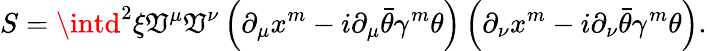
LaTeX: S=\intd^{2}\xi\mathfrak{V}^{\mu}\mathfrak{V}^{\nu}\left(\partial_{\mu}x^{m}-i\partial_{\mu}\bar{{\theta}}\gamma^{m}\theta\right)\left(\partial_{\nu}x^{m}-i\partial_{\nu}\bar{{\theta}}\gamma^{m}\theta\right).